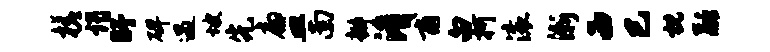
槎谒盱碑遇坡先扁皿南瓣淆甫白柯滚渐西巳枕融